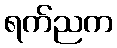
ရက်ညက